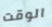
الوقت